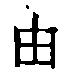
```tikz
\draw (0,0) rectangle (1,1);
\draw (0,0.33) -- (1,0.33);
\draw (0,0.66) -- (1,0.66);
\draw (0.33,0) -- (0.33,1);
\draw (0.66,0) -- (0.66,1);
\draw (0.5,1) -- (0.5,1.5);
\end{tikz}
```